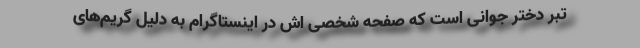
تبر دختر جوانی است که صفحه شخصی اش در اینستاگرام به دلیل گریم‌های